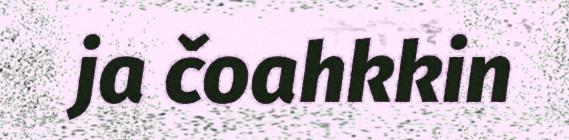
ja čoahkkin